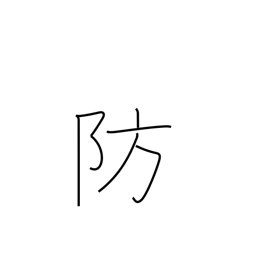
Meaning: ward off